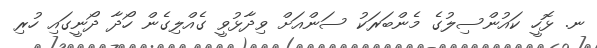
ނ. ޅޮހީ ކައުންސިލުގެ މެންބަރަކު ސަންއަށް ވިދާޅުވީ ގެއްލިގެން ހޯދާ ދޯނީގައި ހުރި